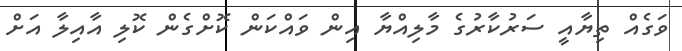
ވަގެއް ތިޔާއީ ސަރުކާރުގެ މާލިއްޔާ އިން ވައްކަން ކޮށްގެން ކޮލި އާއިލާ އަށް